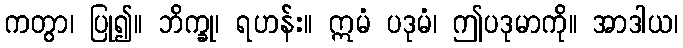
ကတွာ၊ ပြု၍။ ဘိက္ခု၊ ရဟန်း။ ဣမံ ပဒုမံ၊ ဤပဒုမာကို။ အာဒါယ၊